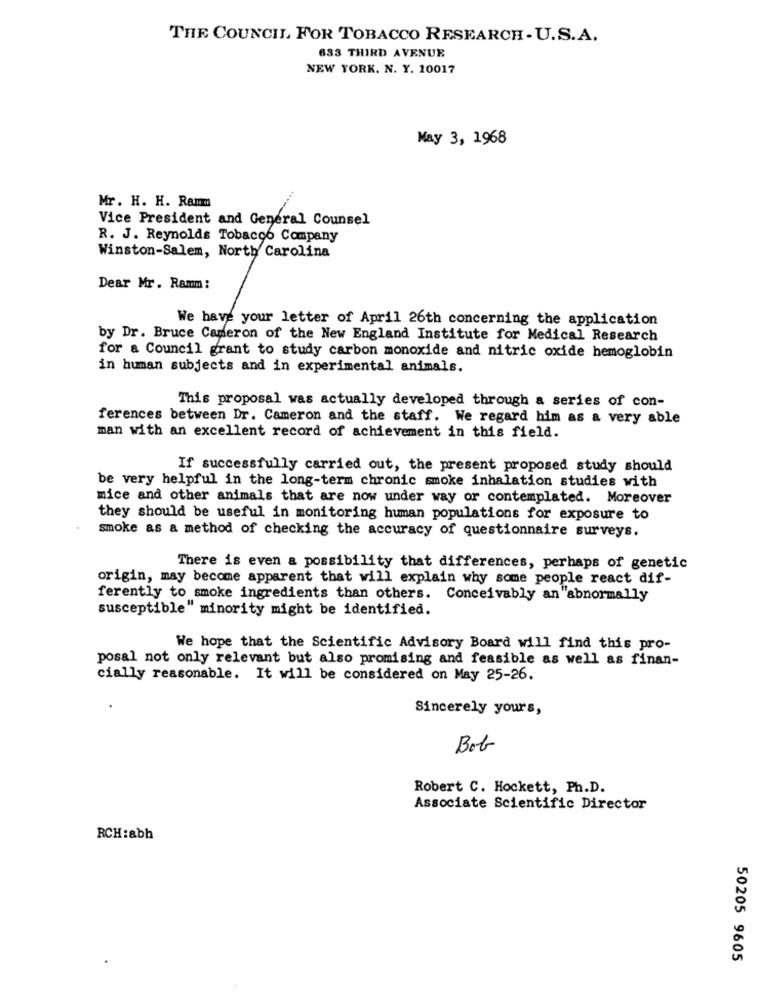
THE COUNCIL FOR TOBACCO RESEARCH - U.S.A.
833 THIRD AVENUE
NEW YORK. N. Y. 10017
May 3, 1968
Mr. H. H. Ramm
Vice President and General Counsel
R. J. Reynolds Tobacco Company
Winston-Salem, North Carolina
Dear Mr. Ramm:
We have your letter of April 26th concerning the application
by Dr. Bruce Cameron of the New England Institute for Medical Research
for a Council grant to study carbon monoxide and nitric oxide hemoglobin
in human subjects and in experimental animals.
This proposal was actually developed through a series of con-
ferences between Dr. Cameron and the staff. We regard him as a very able
man with an excellent record of achievement in this field.
If successfully carried out, the present proposed study should
be very helpful in the long-term chronic smoke inhalation studies with
mice and other animals that are now under way or contemplated. Moreover
they should be useful in monitoring human populations for exposure to
smoke as a method of checking the accuracy of questionnaire surveys.
There is even a possibility that differences, perhaps of genetic
origin, may become apparent that will explain why some people react dif-
ferently to smoke ingredients than others. Conceivably an "abnormally
susceptible" minority might be identified.
We hope that the Scientific Advisory Board will find this pro-
posal not only relevant but also promising and feasible as well as finan-
cially reasonable. It will be considered on May 25-26.
Sincerely yours,
Bob
Robert C. Hockett, Ph.D.
Associate Scientific Director
RCH:abh
50205 9605